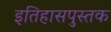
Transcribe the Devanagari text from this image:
इतिहासपुस्तक